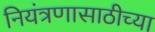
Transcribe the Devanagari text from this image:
नियंत्रणासाठीच्या